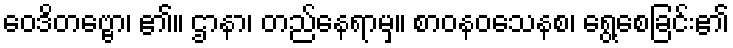
ဝေဒိတဗ္ဗော၊ ၏။ ဌာနာ၊ တည်နေရာမှ။ စာဝနဝသေနစ၊ ရွေ့စေခြင်း၏